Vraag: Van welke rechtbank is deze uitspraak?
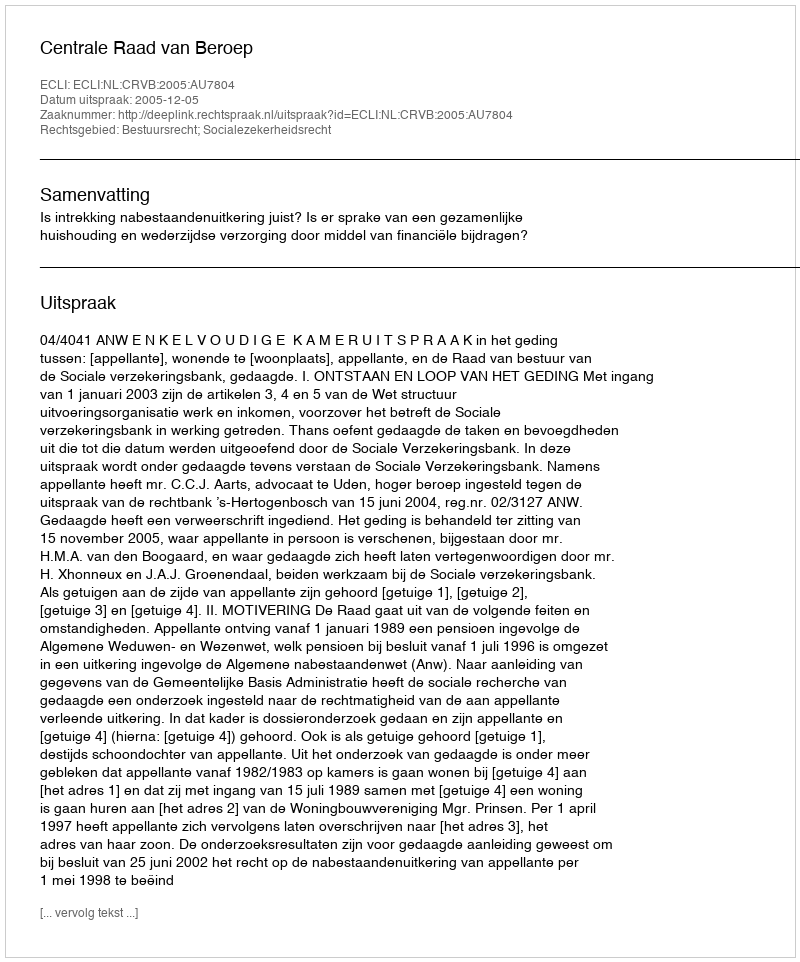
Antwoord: Centrale Raad van Beroep